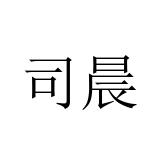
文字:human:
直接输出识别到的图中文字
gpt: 司晨